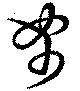
帤